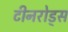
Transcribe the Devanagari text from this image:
टीनरोड्स